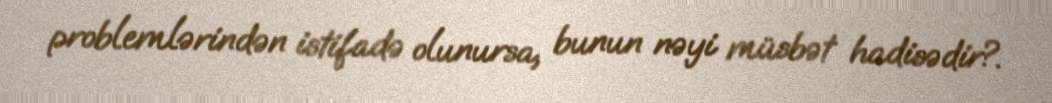
problemlərindən istifadə olunursa, bunun nəyi müsbət hadisədir?.